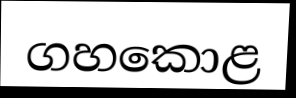
ගහකොළ